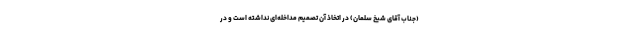
(جناب آقای شیخ سلمان) در اتخاذ آن تصمیم مداخله‌ای نداشته است و در